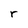
Character: r